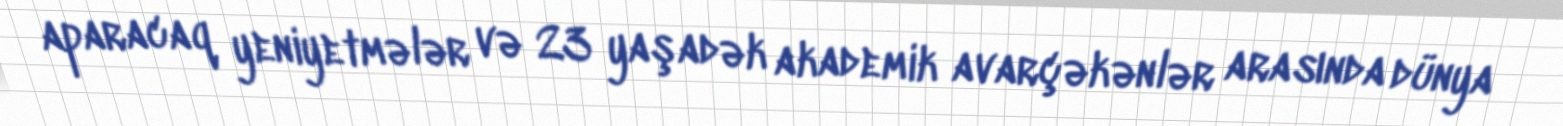
aparacaq yeniyetmələr və 23 yaşadək akademik avarçəkənlər arasında dünya